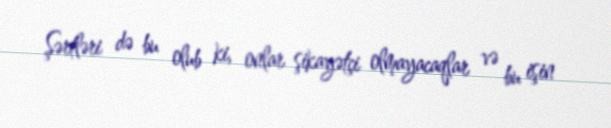
Şərtləri də bu olub ki, onlar şikayətçi olmayacaqlar və bu işin